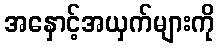
အနှောင့်အယှက်များကို